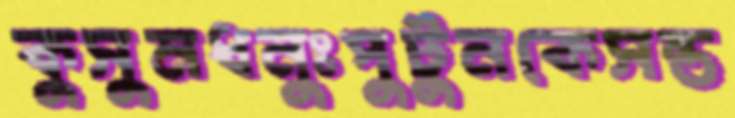
কুসুমধনুঃপুটুনকেসন্ত